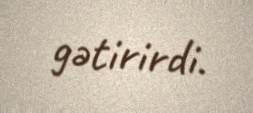
gətirirdi.